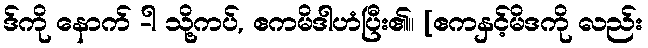
ဒ်ကို နောက် -ါ သို့ကပ်, ဧကမိဒါဟံပြီး၏။ [ဧကနှင့်မိဒကို လည်း